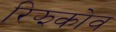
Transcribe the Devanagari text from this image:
रिझकोव